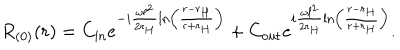
LaTeX: R _ { ( 0 ) } ( r ) = C _ { \mathrm { i n } } e ^ { - i \frac { \omega \ell ^ { 2 } } { 2 r _ { H } } \ln \left( \frac { r - r _ { H } } { r + r _ { H } } \right) } + C _ { \mathrm { o u t } } e ^ { i \frac { \omega \ell ^ { 2 } } { 2 r _ { H } } \ln \left( \frac { r - r _ { H } } { r + r _ { H } } \right) } .